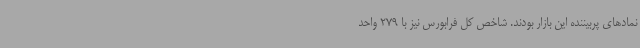
نمادهای پربیننده این بازار بودند. شاخص کل فرابورس نیز با 279 واحد